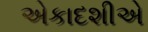
એકાદશીએ